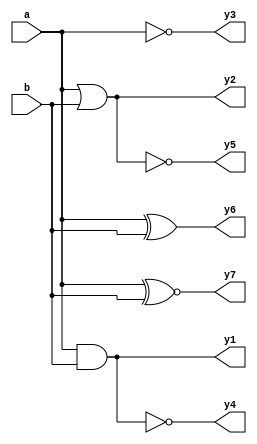
module bit_logic(
    input  [31:0] a,  
    input  [31:0] b,
    output [31:0] y1,
    output [31:0] y2,
    output [31:0] y3,
    output [31:0] y4,
    output [31:0] y5,
    output [31:0] y6,
    output [31:0] y7
);

assign y1 = a & b;     //
assign y2 = a | b;     //
assign y3 = ~a;        //
assign y4 = ~(a & b);  //
assign y5 = ~(a | b);  //
assign y6 = a ^ b;     //
assign y7 = a ~^ b;    //

endmodule